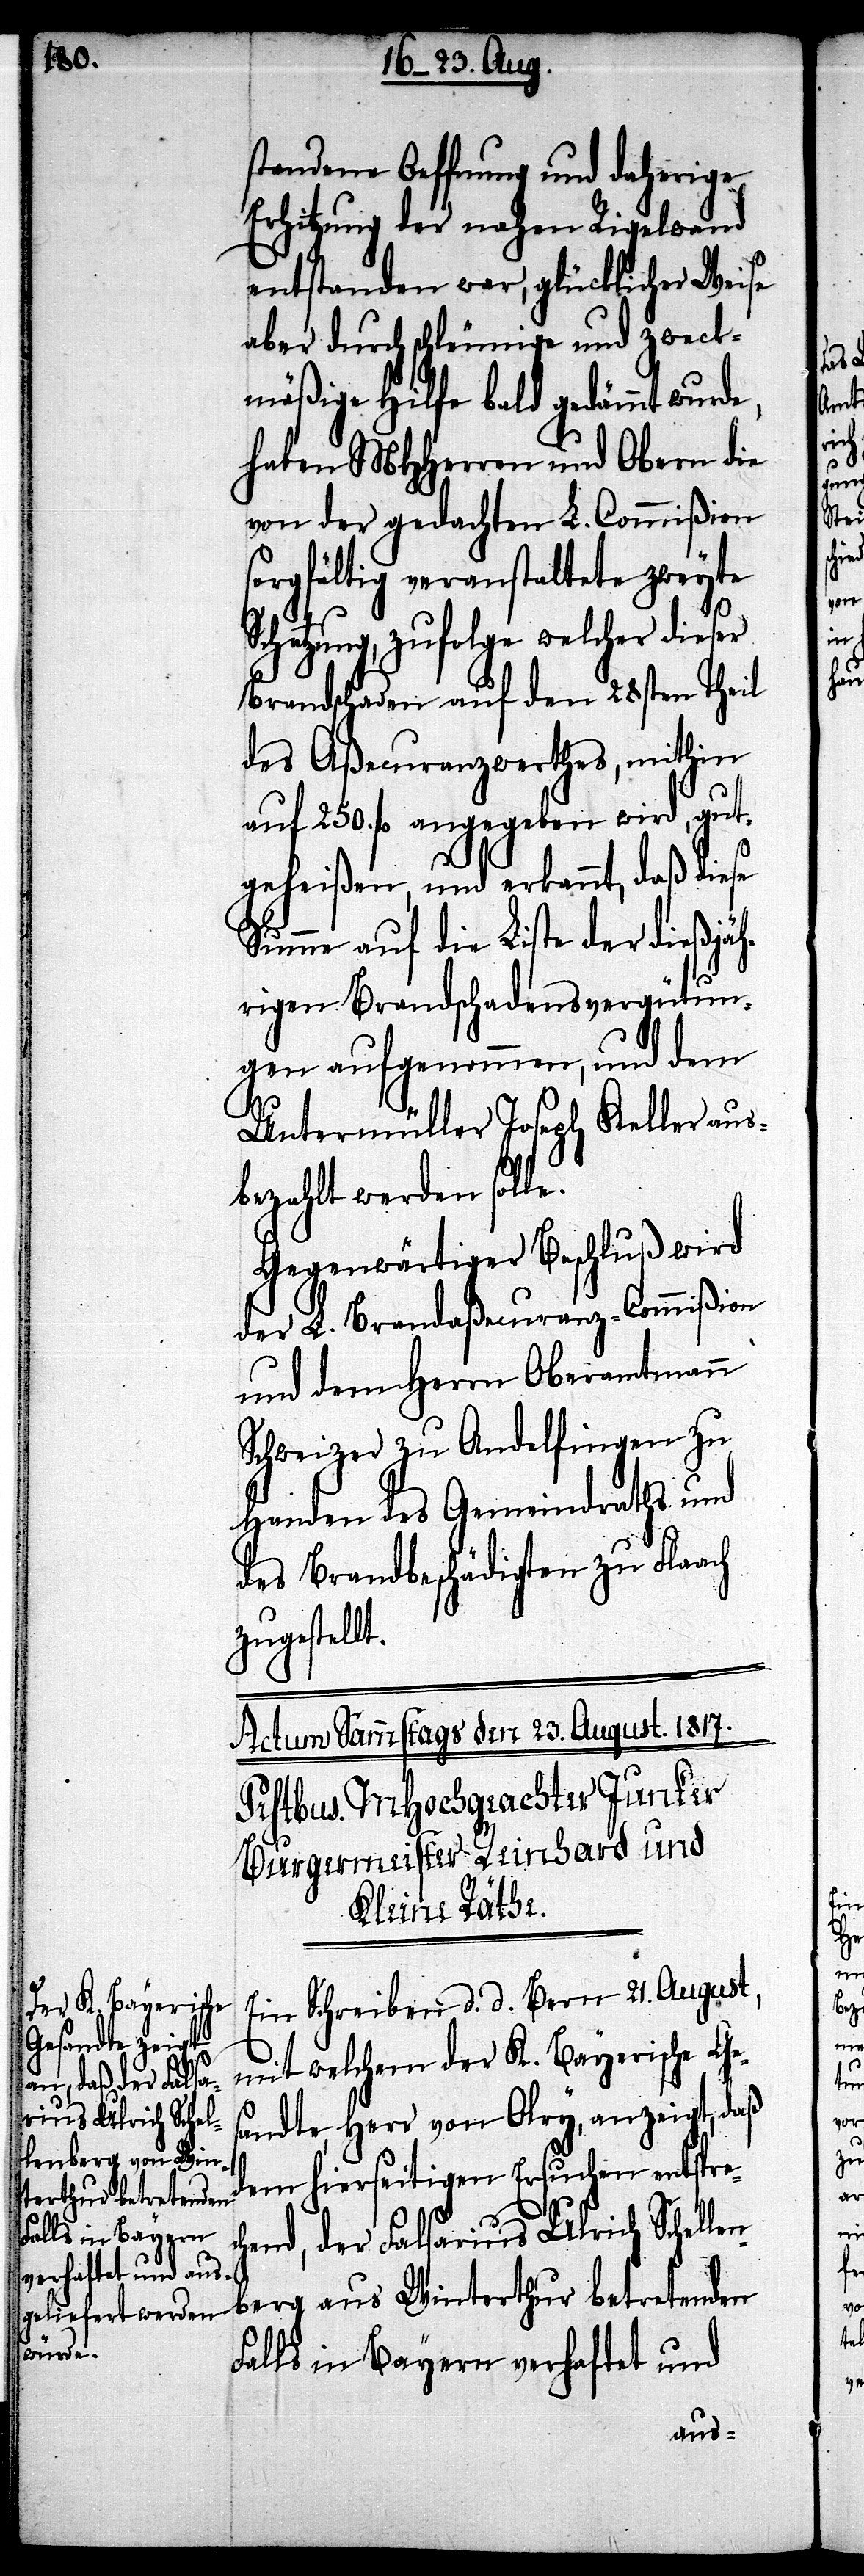
7000.

untere

No. 134. a.
standene Oeffnung und daherige
Erhitzung der nahen Rigelwand
entstanden war, glücklicher Weise
aber durch schleunige und zweck¬
mäßige Hilfe bald gedämmt wurde,
haben MHHerren und Obern die
von der gedachten L. Commißion
sorgfältig veranstaltete zweyte
Schatzung, zufolge welcher dieser
Brandschaden auf den 28sten Theil
des Aßecuranzwerthes, mithin
auf 250. fl. angegeben wird, gut¬
geheißen, und erkannt, daß diese
Summe auf die Liste der dießjäh¬
rigen Brandschadensvergütun¬
gen aufgenommen, und dem
Untermüller Joseph Keller aus¬
bezahlt werden solle.
Gegenwärtiger Beschluß wird
der L. Brandaßecuranz-Commißion
und dem Herrn Oberamtmann
Schweizer zu Andelfingen zu
Handen des Gemeindraths und
des Brandbeschädigten zu Flaach
zugestellt.
Ein Schreiben d. d. Bern 21. August,
mit welchem der K. Bayerische Ge¬
sandte, Herr von Olry, anzeigt, daß
dem hierseitigen Ersuchen entsprec¬
2.
hend, der Falsarius Ulrich Schellen¬
berg aus Winterthur betretenden
Falls in Bayern verhaftet und